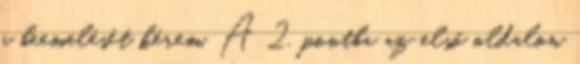
a beemelését kérem. A 2. pontba az első oldalon